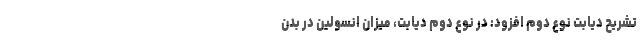
تشریح دیابت نوع دوم افزود: در نوع دوم دیابت، میزان انسولین در بدن